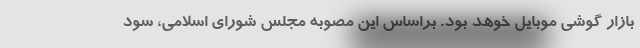
بازار گوشی موبایل خوهد بود. براساس این مصوبه مجلس شورای اسلامی، سود